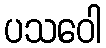
ပသဝေါ